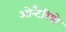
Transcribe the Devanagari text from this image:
ओन्टैरियो